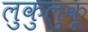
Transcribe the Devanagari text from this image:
लुकुलुकू